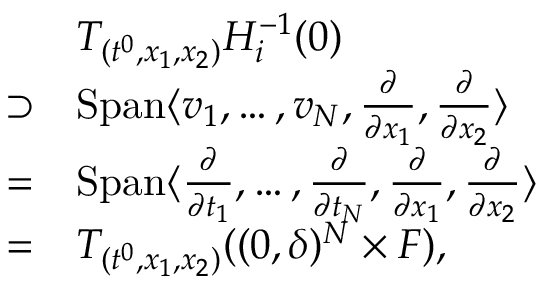
\begin{array} { r l } & { T _ { ( t ^ { 0 } , x _ { 1 } , x _ { 2 } ) } H _ { i } ^ { - 1 } ( 0 ) } \\ { \supset } & { \mathrm { S p a n } \langle v _ { 1 } , \ldots , v _ { N } , \frac \partial { \partial x _ { 1 } } , \frac \partial { \partial x _ { 2 } } \rangle } \\ { = } & { \mathrm { S p a n } \langle \frac \partial { \partial t _ { 1 } } , \ldots , \frac \partial { \partial t _ { N } } , \frac \partial { \partial x _ { 1 } } , \frac \partial { \partial x _ { 2 } } \rangle } \\ { = } & { T _ { ( t ^ { 0 } , x _ { 1 } , x _ { 2 } ) } ( ( 0 , \delta ) ^ { N } \times F ) , } \end{array}